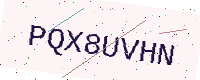
Text: PQX8UVHN